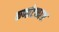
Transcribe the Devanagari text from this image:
कर्णाटकाश्च